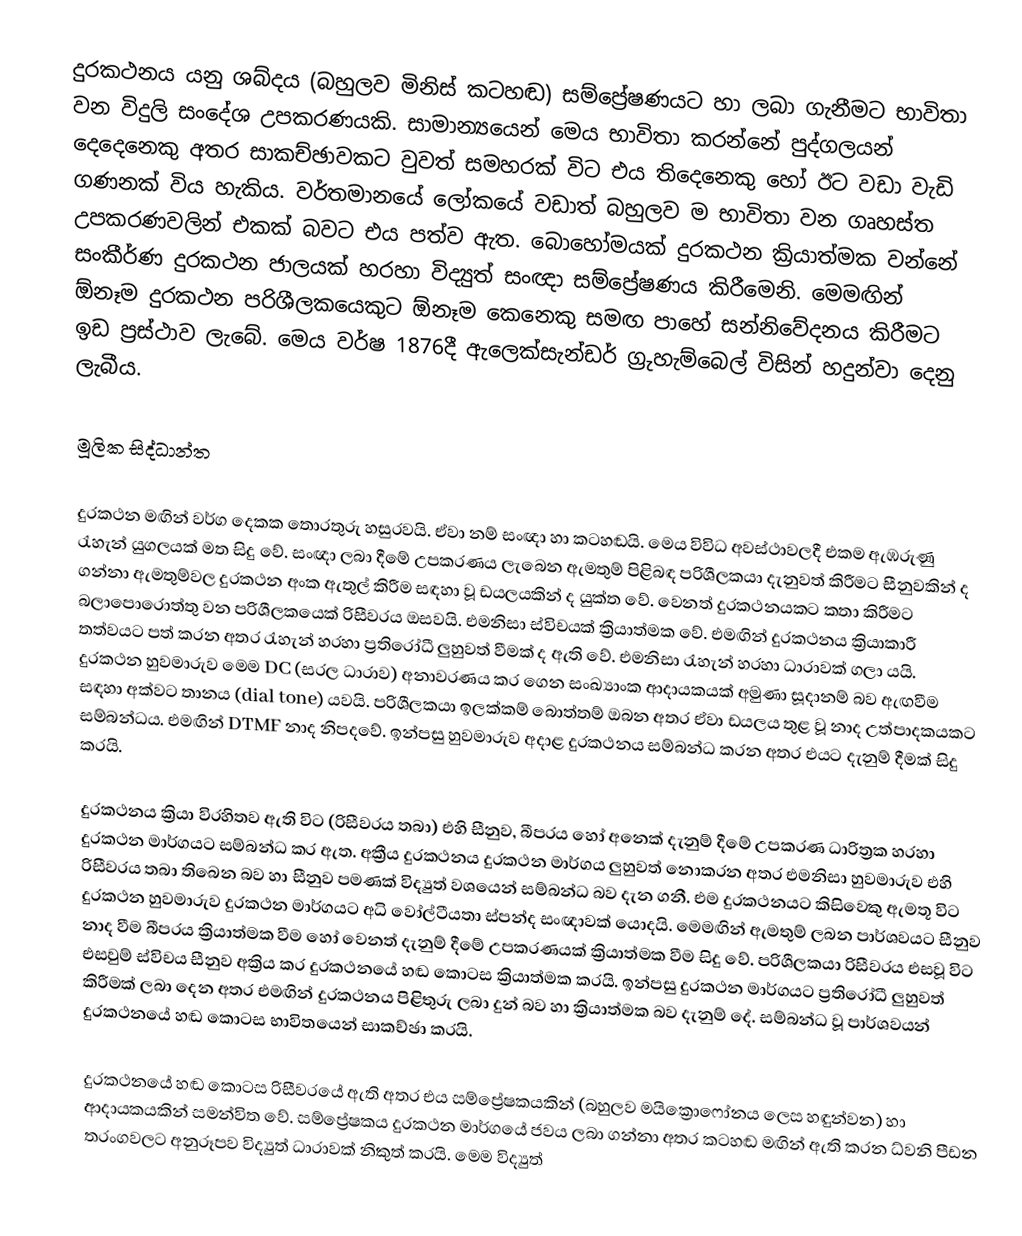
දුරකථනය යනු ශබ්දය (බහුලව මිනිස් කටහඬ) සම්ප්‍රේෂණයට හා ලබා ගැනීමට භාවිතා වන විදුලි සංදේශ උපකරණයකි. සාමාන්‍යයෙන් මෙය භාවිතා කරන්නේ පුද්ගලයන් දෙදෙනෙකු අතර සාකච්ඡාවකට වුවත් සමහරක් විට එය තිදෙනෙකු හෝ ඊට වඩා වැඩි ගණනක් විය හැකිය. වර්තමානයේ ලෝකයේ වඩාත් බහුලව ම භාවිතා වන ගෘහස්ත උපකරණවලින් එකක් බවට එය පත්ව ඇත. බොහෝමයක් දුරකථන ක්‍රියාත්මක වන්නේ සංකීර්ණ දුරකථන ජාලයක් හරහා විද්‍යුත් සංඥා සම්ප්‍රේෂණය කිරීමෙනි. මෙමඟින් ඕනෑම දුරකථන පරිශීලකයෙකුට ඕනෑම කෙනෙකු සමඟ පාහේ සන්නිවේදනය කිරීමට ඉඩ ප්‍රස්ථාව ලැබේ. මෙය වර්ෂ 1876දී ඇලෙක්සැන්ඩර් ග්‍රුහැම්බෙල් විසින් හදුන්වා දෙනු ලැබීය.

මූලික සිද්ධාන්ත

දුරකථන මඟින් වර්ග දෙකක තොරතුරු හසුරවයි. ඒවා නම් සංඥා හා කටහඬයි. මෙය විවිධ අවස්ථාවලදී එකම ඇඹරුණු රැහැන් යුගලයක් මත සිදු වේ. සංඥා ලබා දීමේ උපකරණය ලැබෙන ඇමතුම් පිළිබඳ පරිශීලකයා දැනුවත් කිරීමට සීනුවකින් ද ගන්නා ඇමතුම්වල දුරකථන අංක ඇතුල් කිරීම සඳහා වූ ඩයලයකින් ද යුක්ත වේ. වෙනත් දුරකථනයකට කතා කිරීමට බලාපොරොත්තු වන පරිශීලකයෙක් රිසීවරය ඔසවයි. එමනිසා ස්විචයක් ක්‍රියාත්මක වේ. එමඟින් දුරකථනය ක්‍රියාකාරී තත්වයට පත් කරන අතර රැහැන් හරහා ප්‍රතිරෝධී ලුහුවත් වීමක් ද ඇති වේ. එමනිසා රැහැන් හරහා ධාරාවක් ගලා යයි. දුරකථන හුවමාරුව මෙම DC (සරල ධාරාව) අනාවරණය කර ගෙන සංඛ්‍යාංක ආදායකයක් අමුණා සූදානම් බව ඇඟවීම සඳහා අක්වට තානය (dial tone) යවයි. පරිශීලකයා ඉලක්කම් බොත්තම් ඔබන අතර ඒවා ඩයලය තුළ වූ නාද උත්පාදකයකට සම්බන්ධය. එමඟින් DTMF නාද නිපදවේ. ඉන්පසු හුවමාරුව අදාළ දුරකථනය සම්බන්ධ කරන අතර එයට දැනුම් දීමක් සිදු කරයි.

දුරකථනය ක්‍රියා විරහිතව ඇති විට (රිසීවරය තබා) එහි සීනුව, බීපරය හෝ අනෙක් දැනුම් දීමේ උපකරණ ධාරිත්‍රක හරහා දුරකථන මාර්ගයට සම්බන්ධ කර ඇත. අක්‍රීය දුරකථනය දුරකථන මාර්ගය ලුහුවත් නොකරන අතර එමනිසා හුවමාරුව එහි රිසීවරය තබා තිබෙන බව හා සීනුව පමණක් විද්‍යුත් වශයෙන් සම්බන්ධ බව දැන ගනී. එම දුරකථනයට කිසිවෙකු ඇමතූ විට දුරකථන හුවමාරුව දුරකථන මාර්ගයට අධි වෝල්ටීයතා ස්පන්ද සංඥාවක් යොදයි. මෙමඟින් ඇමතුම් ලබන පාර්ශවයට සීනුව නාද වීම බීපරය ක්‍රියාත්මක වීම හෝ වෙනත් දැනුම් දීමේ උපකරණයක් ක්‍රියාත්මක වීම සිදු වේ. පරිශීලකයා රිසීවරය එසවූ විට එසවුම් ස්විචය සීනුව අක්‍රිය කර දුරකථනයේ හඬ කොටස ක්‍රියාත්මක කරයි. ඉන්පසු දුරකථන මාර්ගයට ප්‍රතිරෝධී ලුහුවත් කිරීමක් ලබා දෙන අතර එමඟින් දුරකථනය පිළිතුරු ලබා දුන් බව හා ක්‍රියාත්මක බව දැනුම් දේ. සම්බන්ධ වූ පාර්ශවයන් දුරකථනයේ හඬ කොටස භාවිතයෙන් සාකච්ඡා කරයි.

දුරකථනයේ හඬ කොටස රිසීවරයේ ඇති අතර එය සම්ප්‍රේෂකයකින් (බහුලව මයික්‍රොෆෝනය ලෙස හඳුන්වන) හා ආදායකයකින් සමන්විත වේ. සම්ප්‍රේෂකය දුරකථන මාර්ගයේ ජවය ලබා ගන්නා අතර කටහඬ මඟින් ඇති කරන ධ්වනි පීඩන තරංගවලට අනුරූපව විද්‍යුත් ධාරාවක් නිකුත් කරයි. මෙම විද්‍යුත්